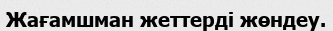
Жағамшман жеттерді жөндеу.